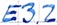
Text: E3.2